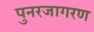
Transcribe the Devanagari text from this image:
पुनरजागरण